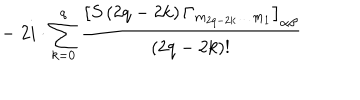
- \; 2 i \cdot \sum _ { k = 0 } ^ { q } \frac { \left[ S \left( 2 q - 2 k \right) \Gamma _ { m _ { 2 q - 2 k } \ldots m _ { 1 } } \right] _ { \alpha \beta } } { \left( 2 q - 2 k \right) ! }